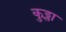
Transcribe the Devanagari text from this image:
कुड्ला